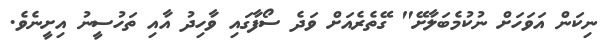
ނިކަން އަވަހަށް ނުކުމެބަލާށޭ" ގޭތެރެއަށް ވަދެ ސޯފާގައި ވާހިދު އާއި ތަހުސީނު އިށީނެވެ.